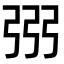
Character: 𢏝